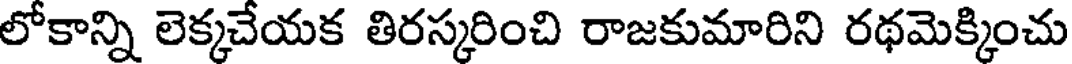
లోకాన్ని లెక్కచేయక తిరస్కరించి రాజకుమారిని రథమెక్కించు